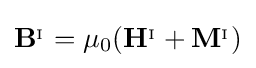
\mathbf {B} ^{_{\mathrm {I} }}=\mu _{0}(\mathbf {H} ^{_{\mathrm {I} }}+\mathbf {M} ^{_{\mathrm {I} }})